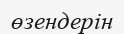
өзендерін